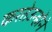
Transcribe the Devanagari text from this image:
करतेउन्होंने